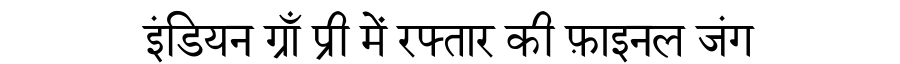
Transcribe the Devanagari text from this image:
इंडियन ग्राँ प्री में रफ्तार की फ़ाइनल जंग